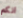
انكم